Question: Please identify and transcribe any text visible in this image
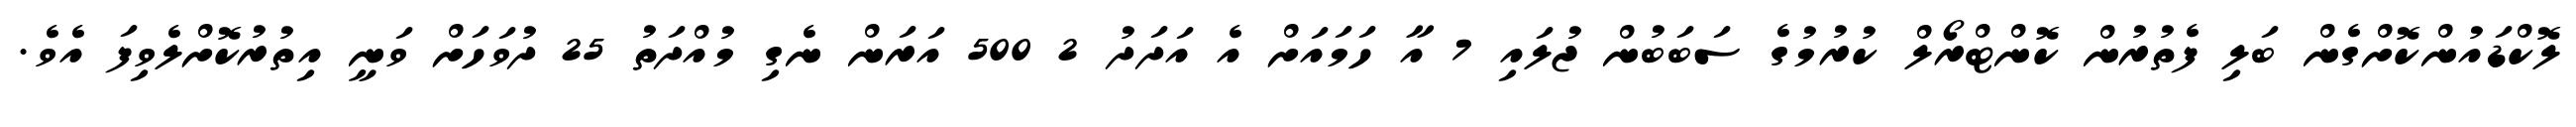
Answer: ލޮކްޑައުންކޮށްގެން ބަލި ފެތުރުން ކޮންޓްރޯލް ކުރުމުގެ ސަބަބުން ޖުލައި 7 އާ ހަމައަށް އެ އަދަދު 2 500 އަރަން ނެގި މުއްދަތު 25 ދުވަހަށް ވަނީ އިތުރުކޮށްލެވިފަ އެވެ.